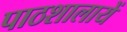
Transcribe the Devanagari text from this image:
पाठशालायें